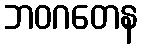
ဘဝဂတေန